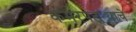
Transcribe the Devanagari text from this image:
कमरपट्ट्याचे